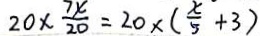
2 0 \times \frac { 7 x } { 2 0 } = 2 0 x ( \frac { x } { 5 } + 3 )